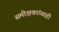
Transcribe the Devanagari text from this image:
समीक्षकांच्याही